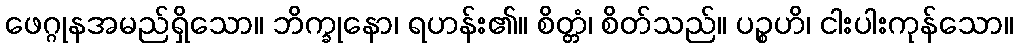
ဖေဂ္ဂုနအမည်ရှိသော။ ဘိက္ခုနော၊ ရဟန်း၏။ စိတ္တံ၊ စိတ်သည်။ ပဉ္စဟိ၊ ငါးပါးကုန်သော။